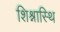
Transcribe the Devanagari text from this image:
शिश्नास्थि